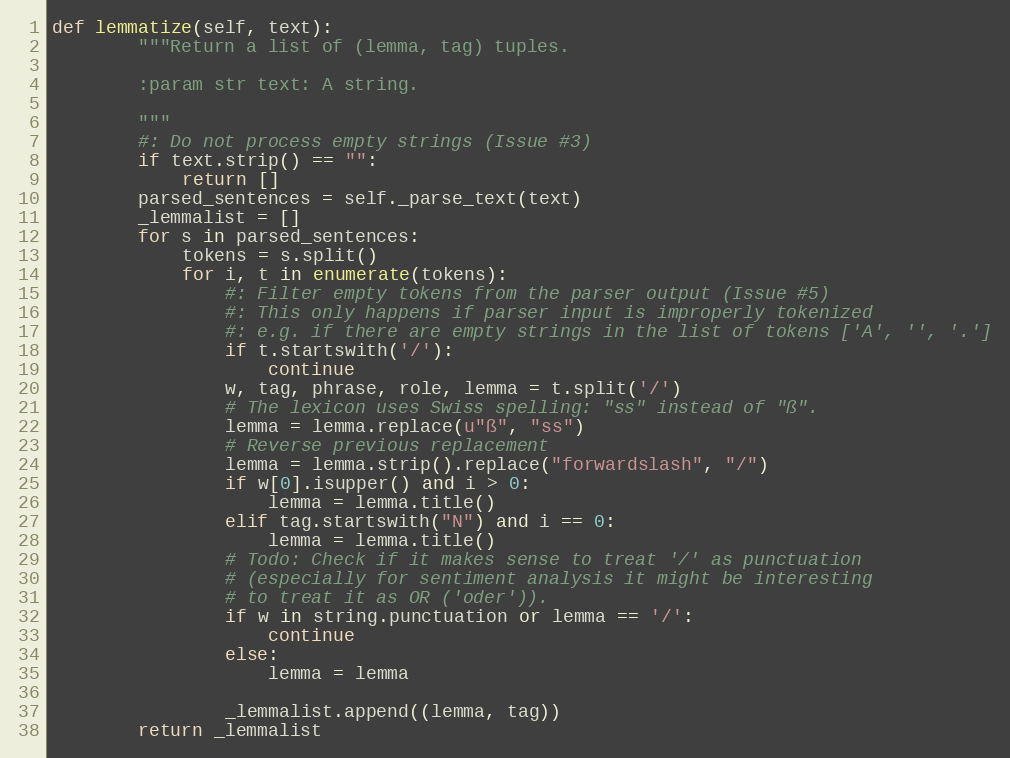
Language: Python
def lemmatize(self, text):
        """Return a list of (lemma, tag) tuples.

        :param str text: A string.

        """
        #: Do not process empty strings (Issue #3)
        if text.strip() == "":
            return []
        parsed_sentences = self._parse_text(text)
        _lemmalist = []
        for s in parsed_sentences:
            tokens = s.split()
            for i, t in enumerate(tokens):
                #: Filter empty tokens from the parser output (Issue #5)
                #: This only happens if parser input is improperly tokenized
                #: e.g. if there are empty strings in the list of tokens ['A', '', '.']
                if t.startswith('/'):
                    continue
                w, tag, phrase, role, lemma = t.split('/')
                # The lexicon uses Swiss spelling: "ss" instead of "ß".
                lemma = lemma.replace(u"ß", "ss")
                # Reverse previous replacement
                lemma = lemma.strip().replace("forwardslash", "/")
                if w[0].isupper() and i > 0:
                    lemma = lemma.title()
                elif tag.startswith("N") and i == 0:
                    lemma = lemma.title()
                # Todo: Check if it makes sense to treat '/' as punctuation
                # (especially for sentiment analysis it might be interesting
                # to treat it as OR ('oder')).
                if w in string.punctuation or lemma == '/':
                    continue
                else:
                    lemma = lemma

                _lemmalist.append((lemma, tag))
        return _lemmalist